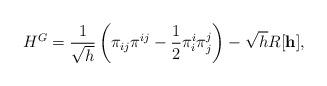
LaTeX: \begin{align*}{}H^G = \frac{1}{\sqrt{h}} \left( {\pi}_{ij} {\pi}^{ij}- \frac{1}{2} {\pi}^i_i {\pi}^j_j \right)- \sqrt{h} R[{\bf h}],\end{align*}